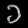
Digit: ၁